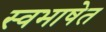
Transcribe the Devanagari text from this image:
स्वभाषेत